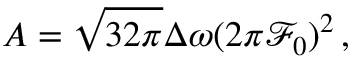
A = \sqrt { 3 2 \pi } \Delta \omega ( 2 \pi \mathcal { F } _ { 0 } ) ^ { 2 } \, ,